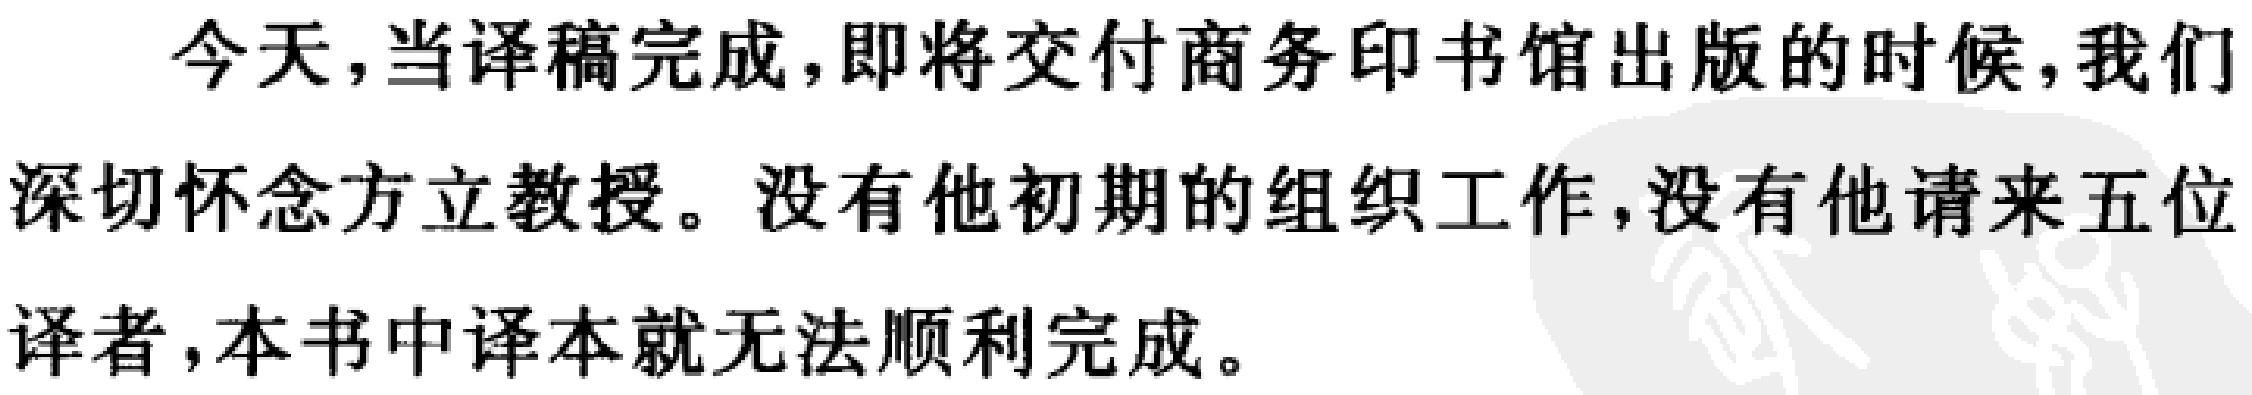
今天，当译稿完成，即将交付商务印书馆出版的时候，我们深切怀念方立教授。没有他初期的组织工作，没有他请来五位译者，本书中译本就无法顺利完成。